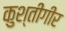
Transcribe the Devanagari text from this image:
कुश्तीगीर